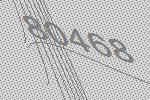
80468